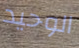
الوحيد